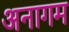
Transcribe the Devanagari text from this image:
अनागम